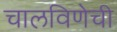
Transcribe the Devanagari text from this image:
चालविणेची